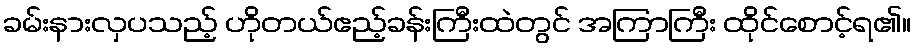
ခမ်းနားလှပသည့် ဟိုတယ်ဧည့်ခန်းကြီးထဲတွင် အကြာကြီး ထိုင်စောင့်ရ၏။